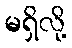
မရှိလို့